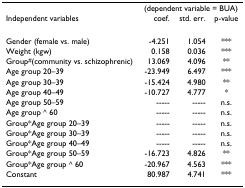
|  | <COLSPAN=3> (dependent variable = BUA) |
 | Independent variables | coef. | std. err. | p-value |
 | --- | --- | --- | --- |
 | Gender (female vs. male) | -4.251 | 1.054 | *** |
 | Weight (kgw) | 0.158 | 0.036 | *** |
 | Group#(community vs. schizophrenic) | 13.069 | 4.096 | ** |
 | Age group 20–39 | -23.949 | 6.497 | *** |
 | Age group 30–39 | -15.424 | 4.980 | ** |
 | Age group 40–49 | -10.727 | 4.777 | * |
 | Age group 50–59 | ----- | ----- | n.s. |
 | Age group ≧ 60 | ----- | ----- | n.s. |
 | Group*Age group 20–39 | ----- | ----- | n.s. |
 | Group*Age group 30–39 | ----- | ----- | n.s. |
 | Group*Age group 40–49 | ----- | ----- | n.s. |
 | Group*Age group 50–59 | -16.723 | 4.826 | ** |
 | Group*Age group ≧ 60 | -20.967 | 4.563 | *** |
 | Constant | 80.987 | 4.741 | *** |